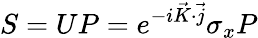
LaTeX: S=UP=e^{-i\vec{K}\cdot\vec{j}}\sigma_{x}P